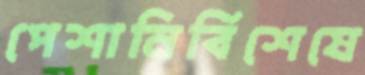
পেশানির্বিশেষে